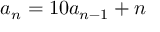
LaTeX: a _ { n } = 1 0 a _ { n - 1 } + n